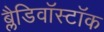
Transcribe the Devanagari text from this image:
ब्लैडिवॉस्टॉक